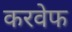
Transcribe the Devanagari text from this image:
करवेफ